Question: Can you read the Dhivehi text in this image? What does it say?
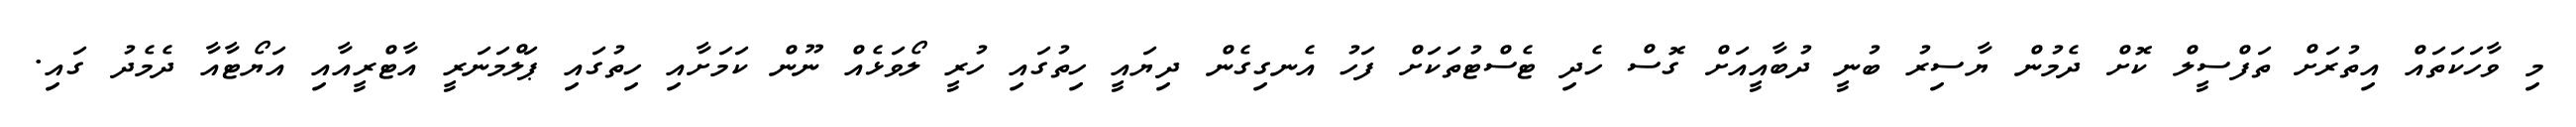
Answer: މި ވާހަކަތައް އިތުރަށް ތަފްސީލް ކޮށް ދެމުން ޔާސިރު ބުނީ ދުބާއީއަށް ގޮސް ހެދި ޓެސްޓުތަކަށް ފަހު އެނގިގެން ދިޔައީ ހިތުގައި ހުރީ ލޯވަޅެއް ނޫން ކަމަށާއި ހިތުގައި ޕަލްމަނަރީ އާޓްރީއާއި އަޔޯޓާއާ ދެމެދު ގައި.